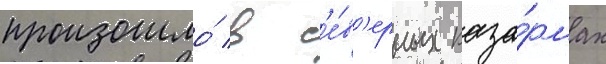
произошло́ в с'е́в'ерных каза́рмах